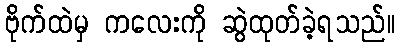
ဗိုက်ထဲမှ ကလေးကို ဆွဲထုတ်ခဲ့ရသည်။